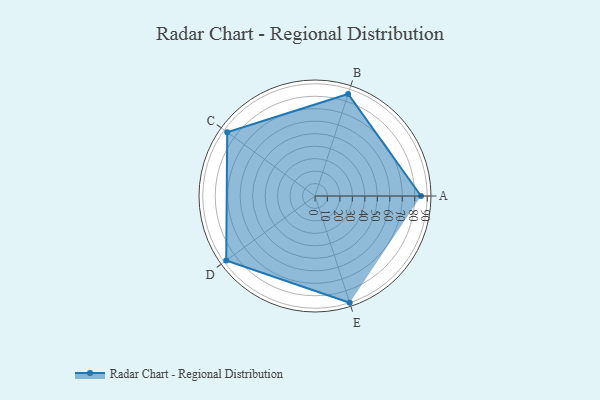
{"axis": {"x": "Skill", "y": "Score"}, "legend": ["Profile"], "data": [{"x": "A", "y": 85.0, "type": "Profile"}, {"x": "B", "y": 86.0, "type": "Profile"}, {"x": "C", "y": 87.0, "type": "Profile"}, {"x": "D", "y": 88.0, "type": "Profile"}, {"x": "E", "y": 90.0, "type": "Profile"}]}